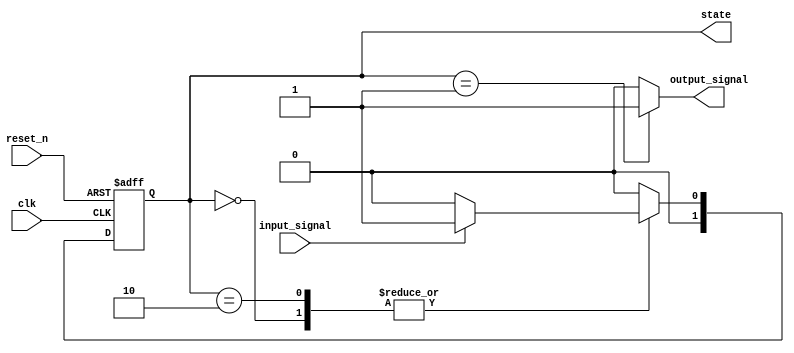
module moore_state_machine (
    input wire clk,          // Clock signal
    input wire reset_n,      // Asynchronous reset (active low)
    input wire input_signal, // Input signal for state transitions
    output reg [1:0] state,  // Current state output (2 bits for 3 states)
    output reg output_signal  // Output signal based on current state
);

// State encoding
localparam S0 = 2'b00; // State 0
localparam S1 = 2'b01; // State 1
localparam S2 = 2'b10; // State 2

// State transition logic
always @(*) begin
    case (state)
        S0: begin
            if (input_signal)
                state_next = S1; // Transition to S1 on input_signal
            else
                state_next = S0; // Stay in S0
        end
        S1: begin
            if (input_signal)
                state_next = S2; // Transition to S2 on input_signal
            else
                state_next = S0; // Transition back to S0
        end
        S2: begin
            if (input_signal)
                state_next = S1; // Transition back to S1 on input_signal
            else
                state_next = S2; // Stay in S2
        end
        default: state_next = S0; // Default to S0
    endcase
end

// State register with asynchronous reset
always @(posedge clk or negedge reset_n) begin
    if (!reset_n) begin
        state <= S0; // Reset to state S0
    end else begin
        state <= state_next; // Update state on clock edge
    end
end

// Output logic based on the current state
always @(*) begin
    case (state)
        S0: output_signal = 1'b0; // Output for state S0
        S1: output_signal = 1'b1; // Output for state S1
        S2: output_signal = 1'b0; // Output for state S2
        default: output_signal = 1'b0; // Default output
    endcase
end

endmodule